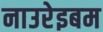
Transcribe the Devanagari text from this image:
नाउरेइबम